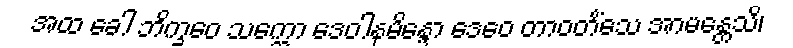
အထ ခေါ ဘိက္ခဝေ သက္ကော ဒေဝါနမိန္ဒော ဒေဝေ တာဝတိံသေ အာမန္တေသိ၊